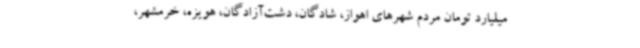
میلیارد تومان مردم شهرهای اهواز، شادگان، دشت‌آزادگان، هویزه، خرمشهر،